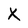
Character: X